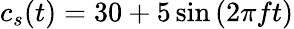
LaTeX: c_{s}(t)=30+5\sin{(2\pi ft)}